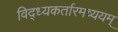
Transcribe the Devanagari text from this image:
विद्ध्यकर्तारमव्ययम्‌